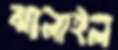
ঝালাইল